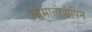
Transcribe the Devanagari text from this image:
सोमातोत्रोपिन